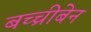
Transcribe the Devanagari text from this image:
बच्चीबेन